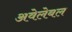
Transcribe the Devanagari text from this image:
अवेलेबल